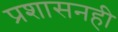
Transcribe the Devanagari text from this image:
प्रशासनही